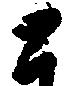
と